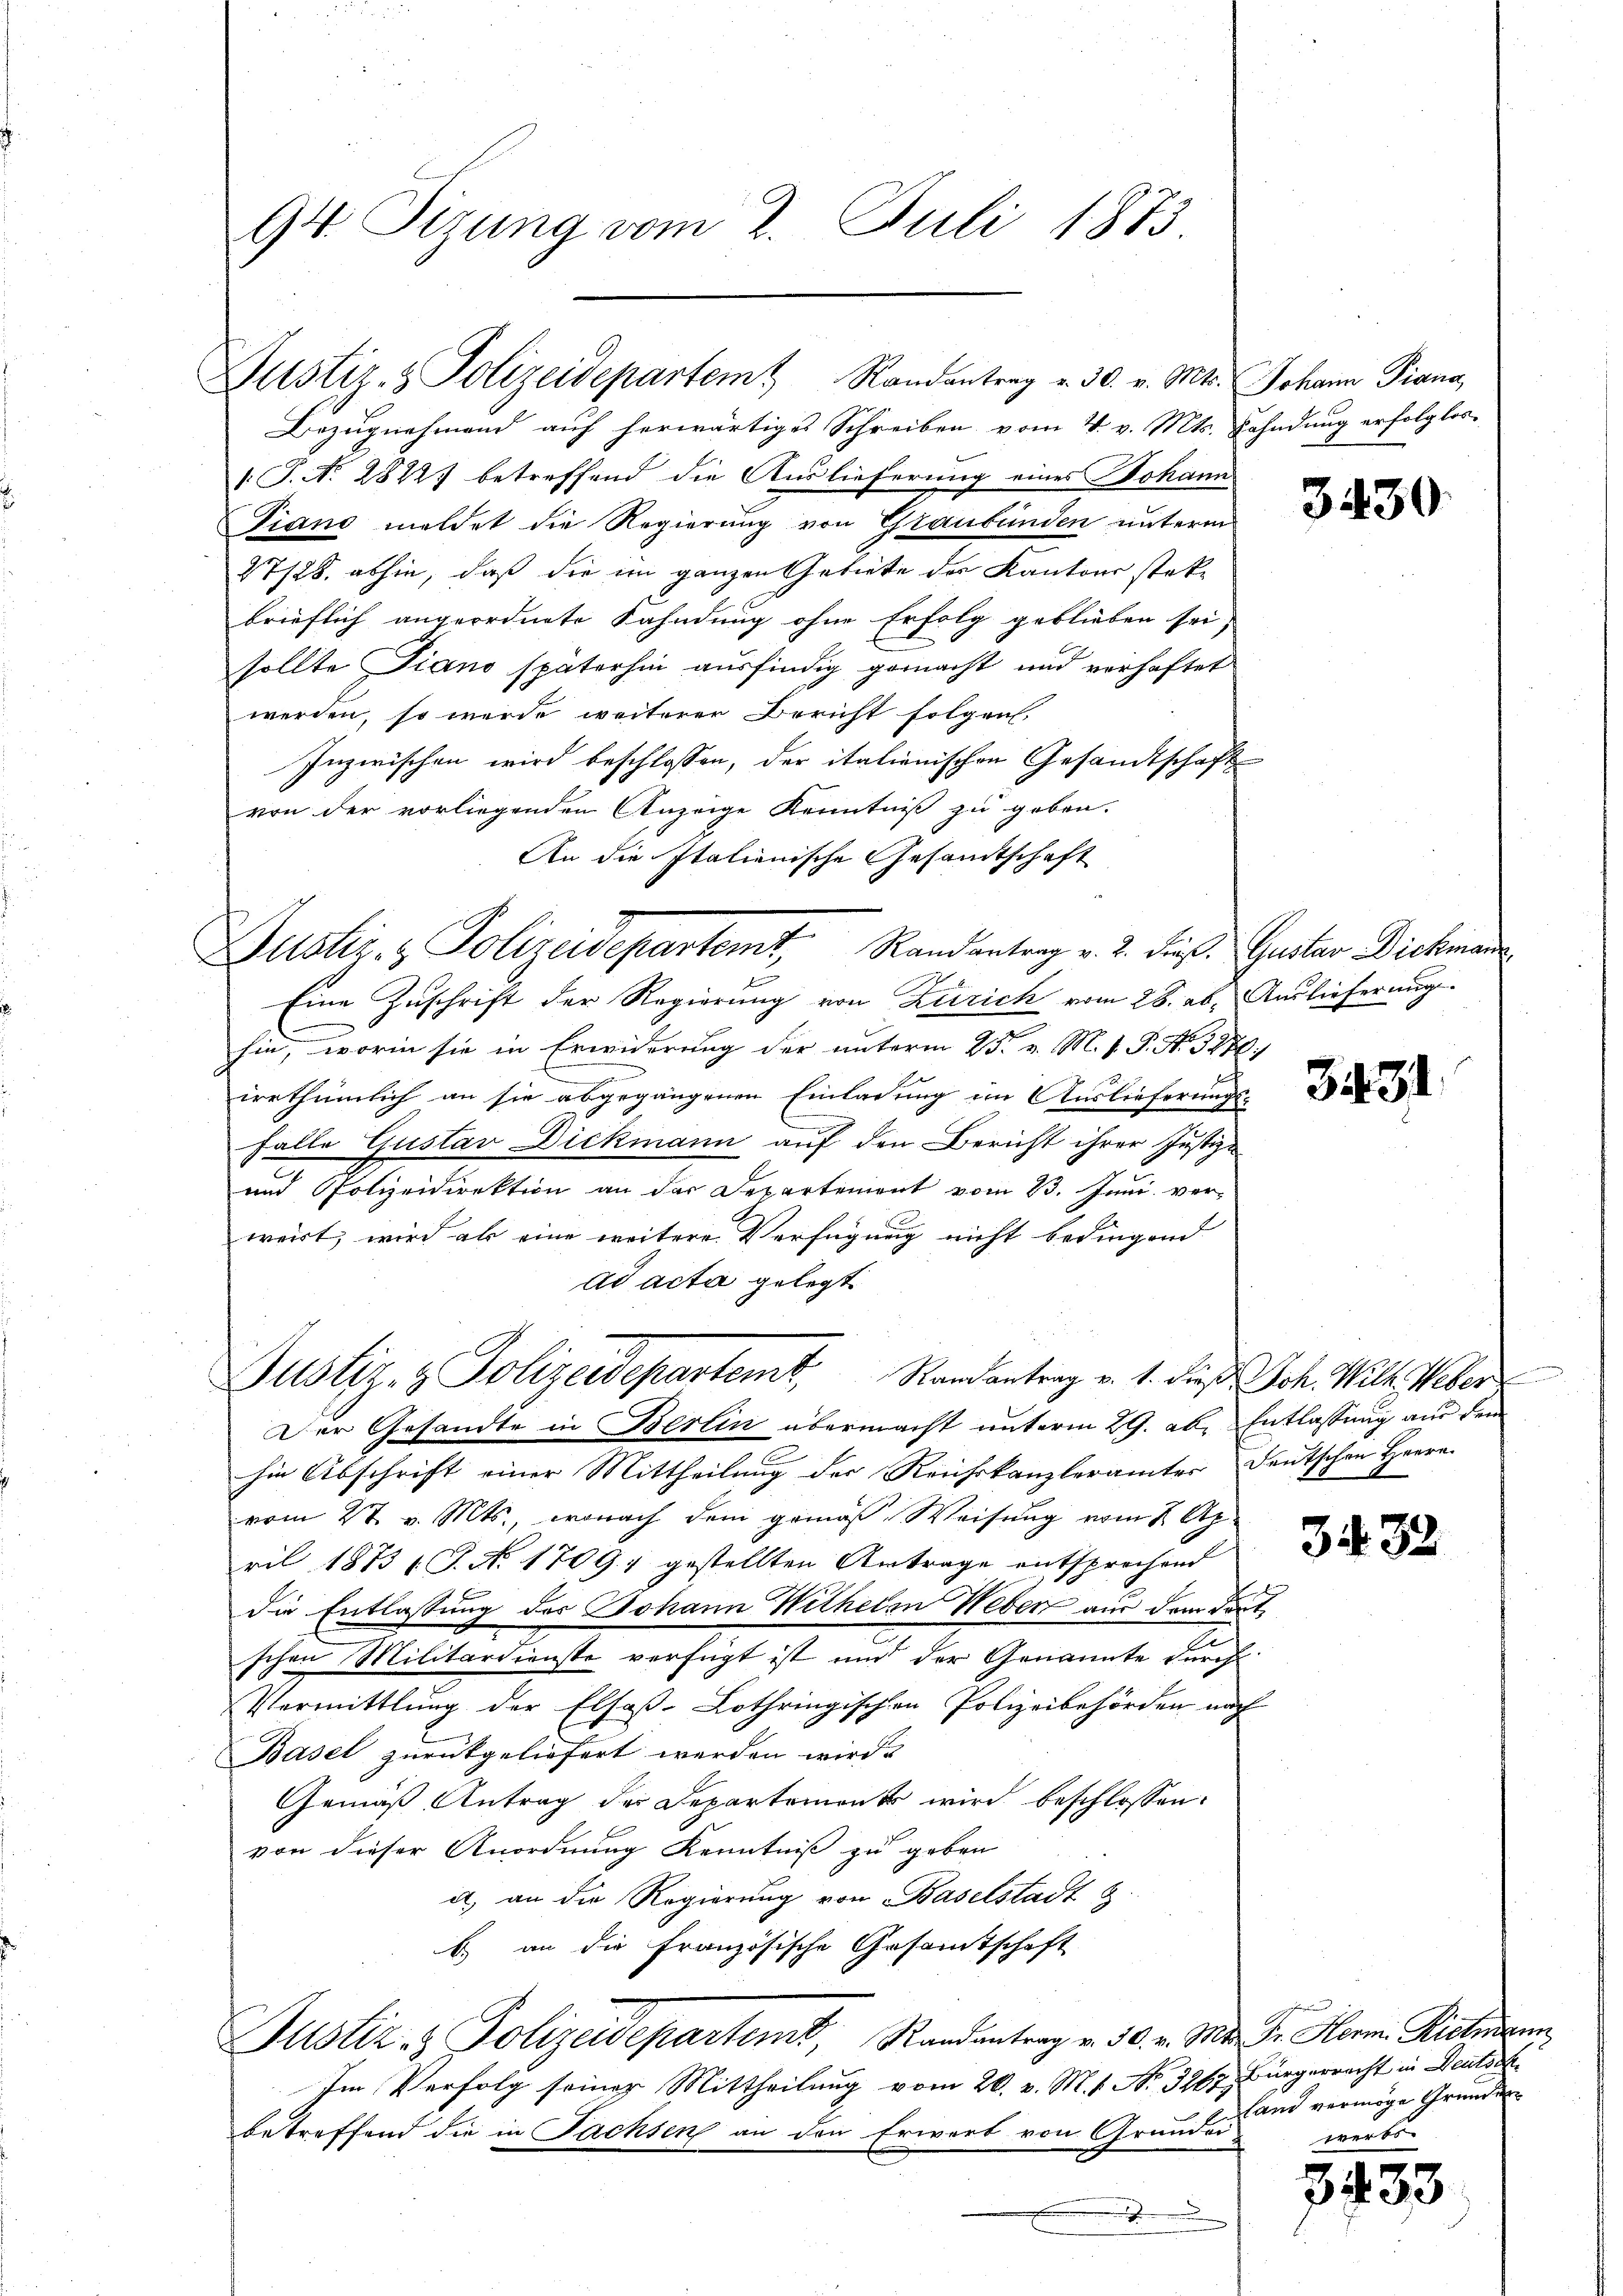
94. Sizung vom 2. Juli 1873.

Justiz- & Polizeidepartem Randantrag v. 30. v. Mts. Johann Piano

Bezugnehmend auf herwärtiges Schreiben vom 4. v. Mts. Fahndung erfolglos-
: P. Nr. 2822 betreffend die Auslieferung eines Johann
Tiano meldet die Regierung von Graubünden unterm
27/28. abhin, daß die im ganzen Gebiete des Kantons statbrieflich angeordnete Fahndung ohne Erfolg geblieben sei,
sollte Piano späterhin ausfindig gemacht und verhaftet
werden, so wurde weiterer Bericht folgen.
Inzwischen wird beschlossen, der italienischen Gesandtschaft
von der vorliegenden Anzeige Kenntniß zu geben.
An die Italienische Gesandtschaft
t
Eine Zuschrift der Regierung von Zürich vom 28. ab. Auslieferung
hin, worin sie in Erwiderung der unterm 25. v. M. h. T. No. 3280
irrthümlich an sie abgegangenen Einladung im Auslieferungs¬
Falle Gustav Dickmann auf den Bericht ihrer Justiz-
und Polizeidirektion an der Departement vom 23. Juni verweirt, wird als eine weitere Verfügung nicht bedingend
ad acta gelegt.
Justiz- & Polizeidepartemt. Randantrag v. 1. dieß Joh. Wilh. Weber
Der Gesandte in Berlin übermacht unterm 29. ab. Entlassung aus dem
hin Abschrift einer Mittheilung der Reichskanzlerämter Deutschen Herrn
vom 27. v. Mts., wonach dem gemäß Weisung vom 2 April 1873 l. J. No 17097 gestellten Antrage entsprochend
die Entlassung des Johann Wilhelm Weben aus dem dortschen Militärdienste verfügt ist und der Genannte durch
Plarmittlung der Elsaß-Lothringischen Polizeibehörden nach
Basel zurückgeliefert werden wird.
Gemäß Antrag der Departemonts wird beschlossen:
von dieser Anordnung Kenntniß zu geben
a) an die Regierung von Baselstadt
b. an die französische Gesammtschaft
Justiz & Polizeidepartem, Randentrag v. 30. v. Mts. Dr. Herm. Richerun
Im Verfolg seiner Mittheilung vom 20. v. M. 1. No. 3267 Bürgerrecht in Deutsch
betreffend die in Sachsen an den Erwart von Grunder
.

Justiz- & Polizeidepartemt, Randantrag v. 2. dieß Gustav Dickman

3430.

3431

3432

land vermöge Grunden
werbs

3433